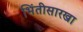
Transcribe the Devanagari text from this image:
भिंतीसारखा